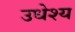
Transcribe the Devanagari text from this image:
उधेश्य